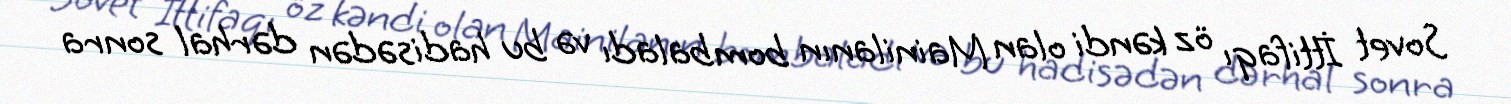
Sovet İttifaqı öz kəndi olan Mainilanın bombaladı və bu hadisədən dərhal sonra